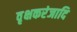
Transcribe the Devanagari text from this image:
वृक्षकरंजादि